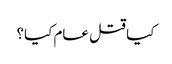
کیا قتل عام کیا؟